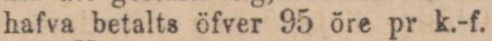
hafva betalts öfver 95 öre pr k.-f.